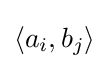
\langle a_{i},b_{j}\rangle